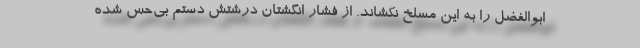
ابوالفضل را به این مسلخ نکشاند. از فشار انگشتان درشتش دستم بی‌حس شده